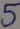
Text: 5